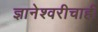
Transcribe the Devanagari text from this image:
ज्ञानेश्वरीचाही